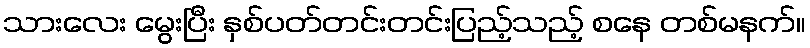
သားလေး မွေးပြီး နှစ်ပတ်တင်းတင်းပြည့်သည့် စနေ တစ်မနက်။